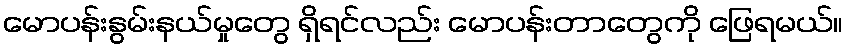
မောပန်းနွမ်းနယ်မှုတွေ ရှိရင်လည်း မောပန်းတာတွေကို ဖြေရမယ်။